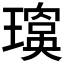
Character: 𱯬